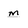
Character: m